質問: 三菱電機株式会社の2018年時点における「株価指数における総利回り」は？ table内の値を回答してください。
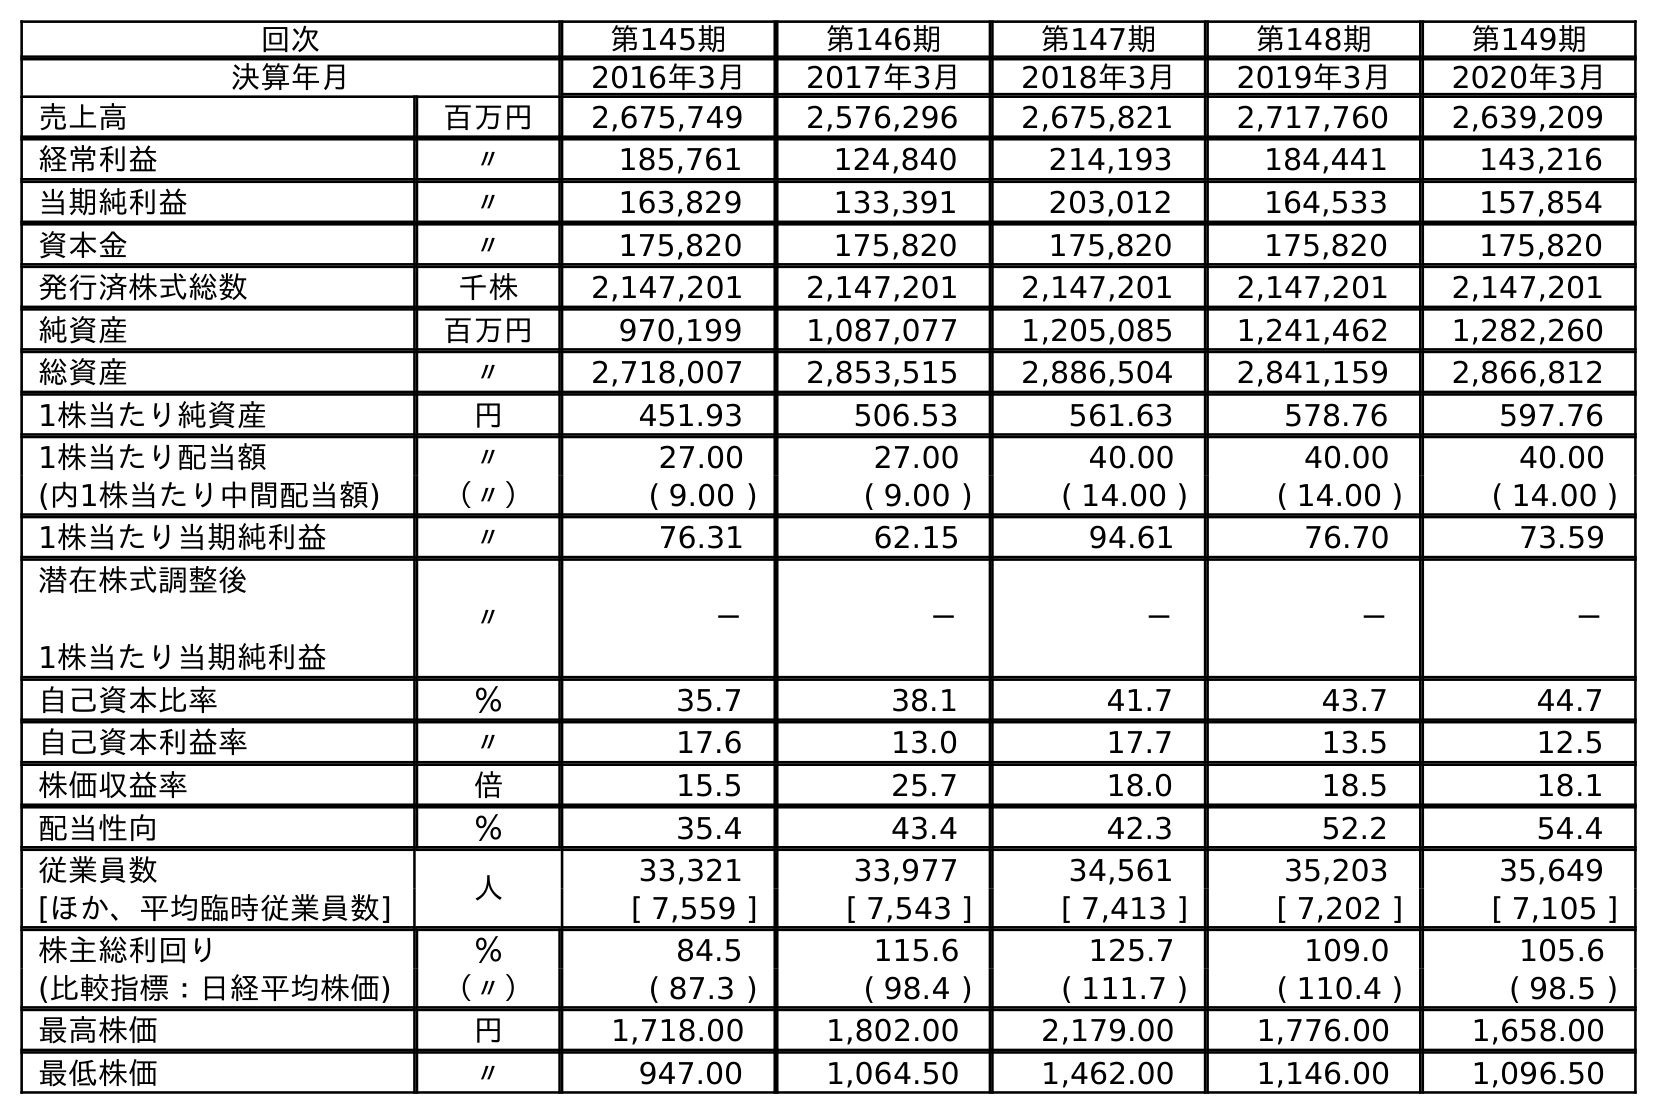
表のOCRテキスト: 回次 第145期 第146期 第147期 第148期 第149期 決算年月 2016年3月 2017年3月 2018年3月 2019年3月 2020年3月 売上高 百万円 2,675,749 2,576,296 2,675,821 2,717,760 2,639,209 経常利益 〃 185,761 124,840 214,193 184,441 143,216 当期純利益 〃 163,829 133,391 203,012 164,533 157,854 資本金 〃 175,820 175,820 175,820 175,820 175,820 発行済株式総数 千株 2,147,201 2,147,201 2,147,201 2,147,201 2,147,201 純資産 百万円 970,199 1,087,077 1,205,085 1,241,462 1,282,260 総資産 〃 2,718,007 2,853,515 2,886,504 2,841,159 2,866,812 1株当たり純資産 円 451.93 506.53 561.63 578.76 597.76 1株当たり配当額 〃 27.00 27.00 40.00 40.00 40.00 (内1株当たり中間配当額) （〃） ( 9.00 ) ( 9.00 ) ( 14.00 ) ( 14.00 ) ( 14.00 ) 1株当たり当期純利益 〃 76.31 62.15 94.61 76.70 73.59 潜在株式調整後 1株当たり当期純利益 〃 － － － － － 自己資本比率 ％ 35.7 38.1 41.7 43.7 44.7 自己資本利益率 〃 17.6 13.0 17.7 13.5 12.5 株価収益率 倍 15.5 25.7 18.0 18.5 18.1 配当性向 ％ 35.4 43.4 42.3 52.2 54.4 従業員数 人 33,321 33,977 34,561 35,203 35,649 [ほか、平均臨時従業員数] [ 7,559 ] [ 7,543 ] [ 7,413 ] [ 7,202 ] [ 7,105 ] 株主総利回り ％ 84.5 115.6 125.7 109.0 105.6 (比較指標：日経平均株価) （〃） ( 87.3 ) ( 98.4 ) ( 111.7 ) ( 110.4 ) ( 98.5 ) 最高株価 円 1,718.00 1,802.00 2,179.00 1,776.00 1,658.00 最低株価 〃 947.00 1,064.50 1,462.00 1,146.00 1,096.50
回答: (111.7)